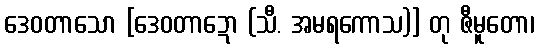
ဒေဝတာသော [ဒေဝတာဍော (သီ. အမရကောသ)] တု ဇီမူတော၊